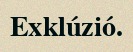
Exklúzió.